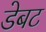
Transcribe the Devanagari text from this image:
डेबट